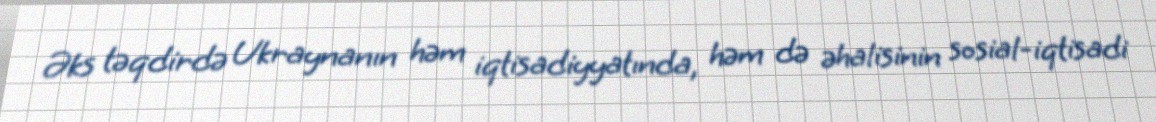
Əks təqdirdə Ukraynanın həm iqtisadiyyatında, həm də əhalisinin sosial-iqtisadi